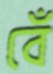
বেঁ